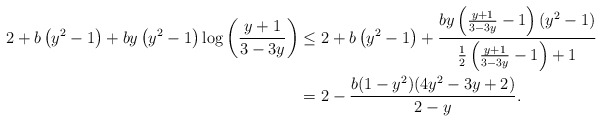
\begin{align*} 2+ b \left(y^2-1\right)+b y \left(y^2-1\right) \log \left(\frac{y+1}{3-3 y}\right) &\leq 2+ b \left(y^2-1\right)+\frac{b y \left(\frac{y+1}{3-3 y}-1\right) \left(y^2-1\right)}{\frac{1}{2} \left(\frac{y+1}{3-3 y}-1\right)+1}\\ &=2-\frac{b (1-y^2) (4 y^2-3y+2)}{2-y}.\end{align*}